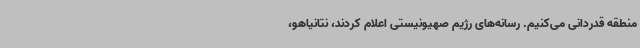
منطقه قدردانی می‌کنیم. رسانه‌های رژیم صهیونیستی اعلام کردند، نتانیاهو،